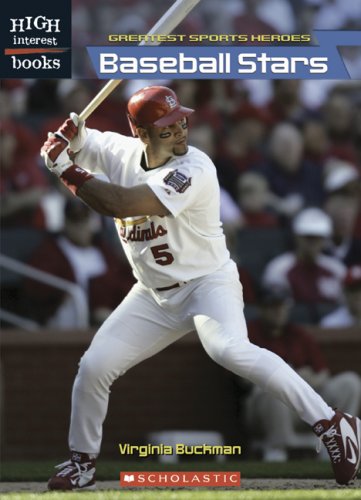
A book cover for Baseball Stars (High Interest Books: Greatest Sports Heroes); Virginia Buckman; Teen & Young Adult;